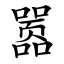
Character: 嚣